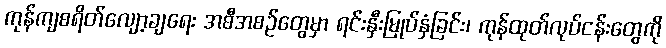
ကုန်ကျစရိတ်လျော့ချရေး အစီအစဉ်တွေမှာ ရင်းနှီးမြုပ်နှံခြင်း၊ ကုန်ထုတ်လုပ်ငန်းတွေကို